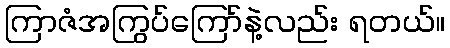
ကြာဇံအကြွပ်ကြော်နဲ့လည်း ရတယ်။